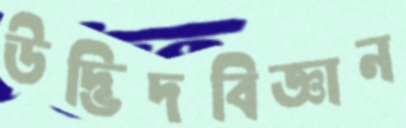
উদ্ভিদবিজ্ঞান